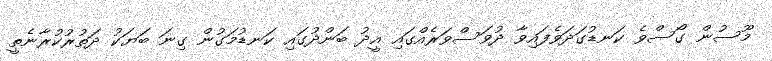
މޫސުން ގޯސްވެ ކަނޑުގަދަވެފައިވާ ދުވަސްވަރެއްގައި އީދު ބަންދުގައި ކަނޑުމަގުން ގިނަ ބަޔަކު ދަތުރުކުރާނެތީ